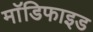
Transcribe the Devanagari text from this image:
माॅडिफाइड